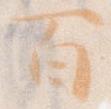
百